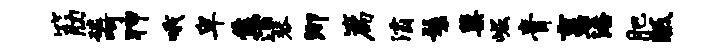
筋磷呵狎哦卑焦酒琴泖篇灞鬟蕖崛膏裹潘肥胝